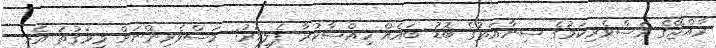
ރާއްޖޭގެ މަސްވެރިކަމުގެ ސިނާއަތުގެ ބޮޑު ބައެއް ހިއްސާކުރާ ފެލިވަރު: މަސްވެރިންނަށް މިވަގުތު އެހީ